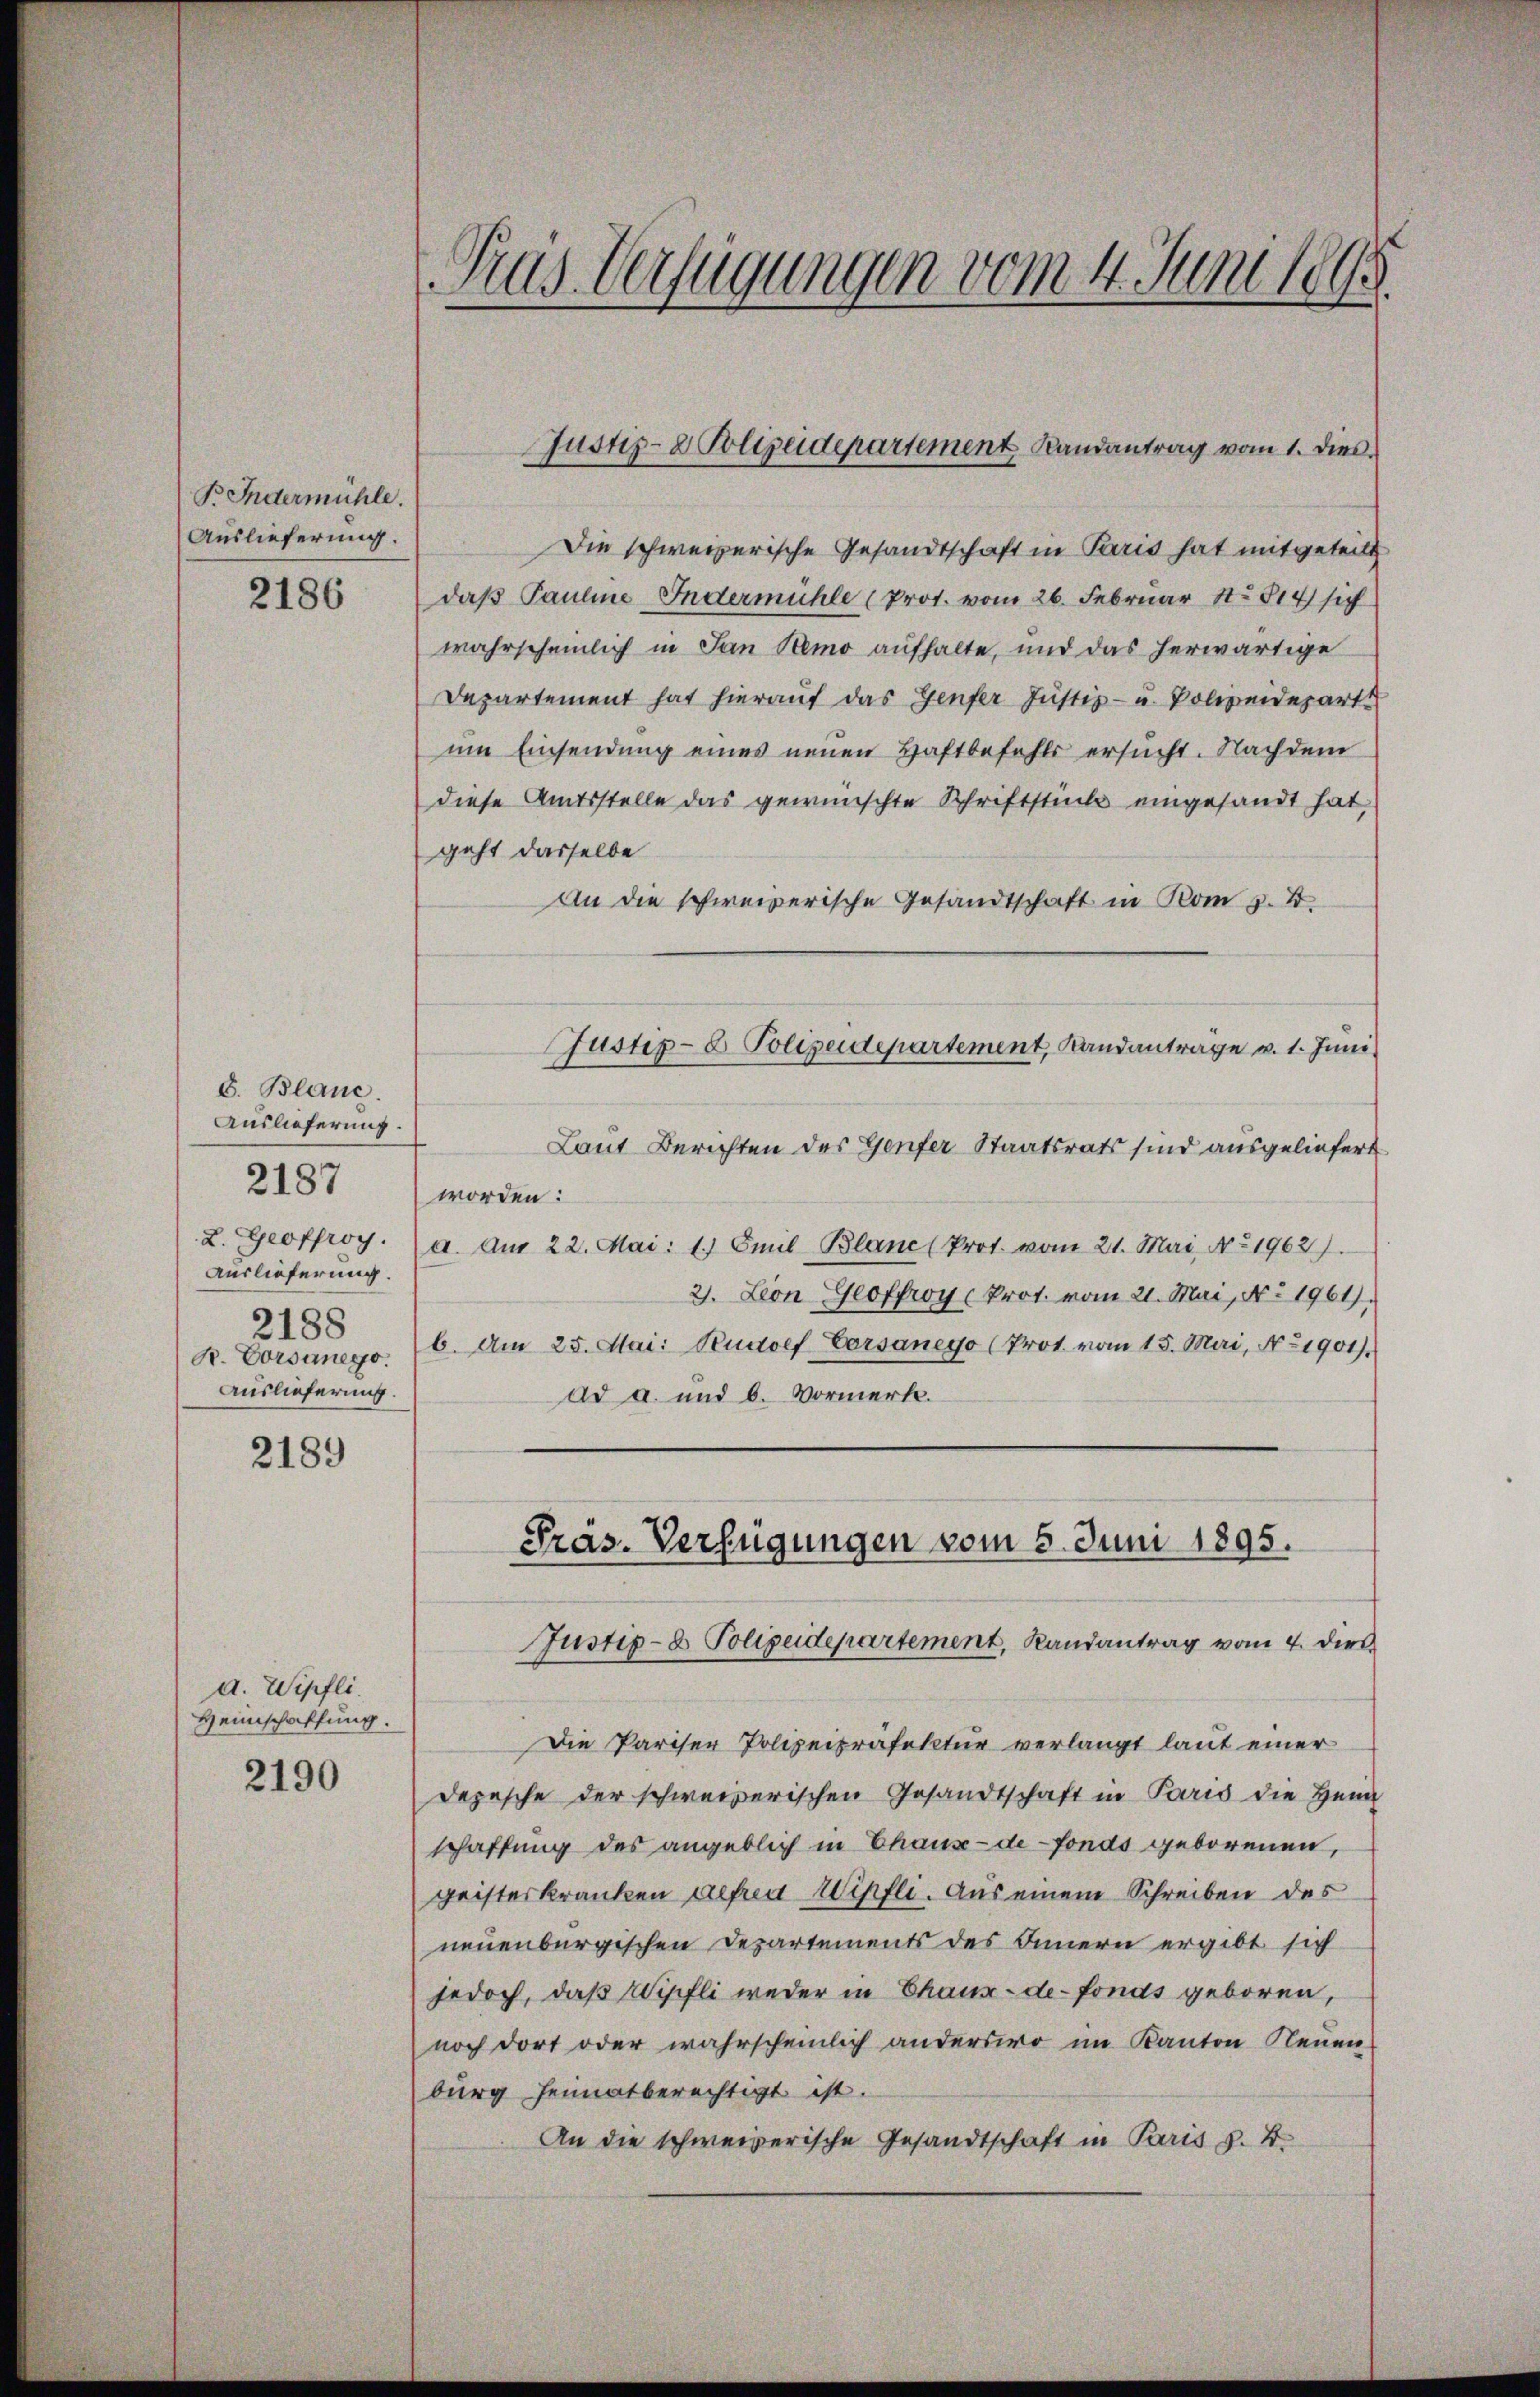
B. Indermühle.
Auslieferung.

2186

S. Blanc
Auslieferung.
L. Geoffroy.
Auslieferung.
2188
Auslieferung.

2187

2189

a. Wipfli
Heimschaffung.

2190

Tras Verfügungen vom 4. Juni 1895.

Die schweizerische Gesandtschaft in Paris hat mitgeteilt
daß Pauline Indermühle (Prot. vom 26. Februar 1814 sich
wahrscheinlich in San Semo aufhalte, und das herwärtige
Departement hat hieraŭf das Genfer Justiz- u. Polizeideparte
um Einsendung eines neuen Haftbefehls ersucht. Nachdem
diese Amtsstelle das gewünschte Schriftstück eingesandt hat,
geht dasselbe
An die schweizerische Gesandtschaft in Rom z. B.
Justiz- & Polizeidepartement, Sandantrage v. 1. Juni
Laut Berichten des Genfer Staatsrats sind ausgeliefert
worden:
a. Am 22. Mai: 1.) Emil Blanc (Prot. vom 21. Mai No 1962.
2. Leon Geoffroy (Prot. vom 21. Mai, No. 1961).
K. Corsanego. 6. Am 25. Mai: Rudolf Vorsanego (Prot. vom 15. Mai, No 1901).
ad a. und 6. Vormerk.
Präs. Verfügungen vom 5. Juni 1895.

Justiz- & Polizeidepartement Landantrag vom 1. Dies

Justiz- & Polizeidepartement, Randantrag vom 4. dies

Die Pariser Polizeipräfektur verlangt laut einer
Depesche der schweizerischen Gesandtschaft in Paris die Heng
schaffung des angeblich in Chaux-de-Fonds geborenen,
geisteskranken gefrei Wipfli. Aus einem Schreiben des
neuenburgischen Departements des Innern ergibt sich
jedoch, daß Wipfli weder in Chaux-de-Fonds geboren,
noch dort oder wahrscheinlich anderswo im Kanton Neuen
burg heimatberechtigt ist.
An die schweizerische Gesandtschaft in Paris s. B.